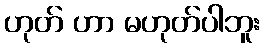
ဟုတ် ဟာ မဟုတ်ပါဘူး